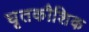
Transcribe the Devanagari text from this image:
घृतकौशिक